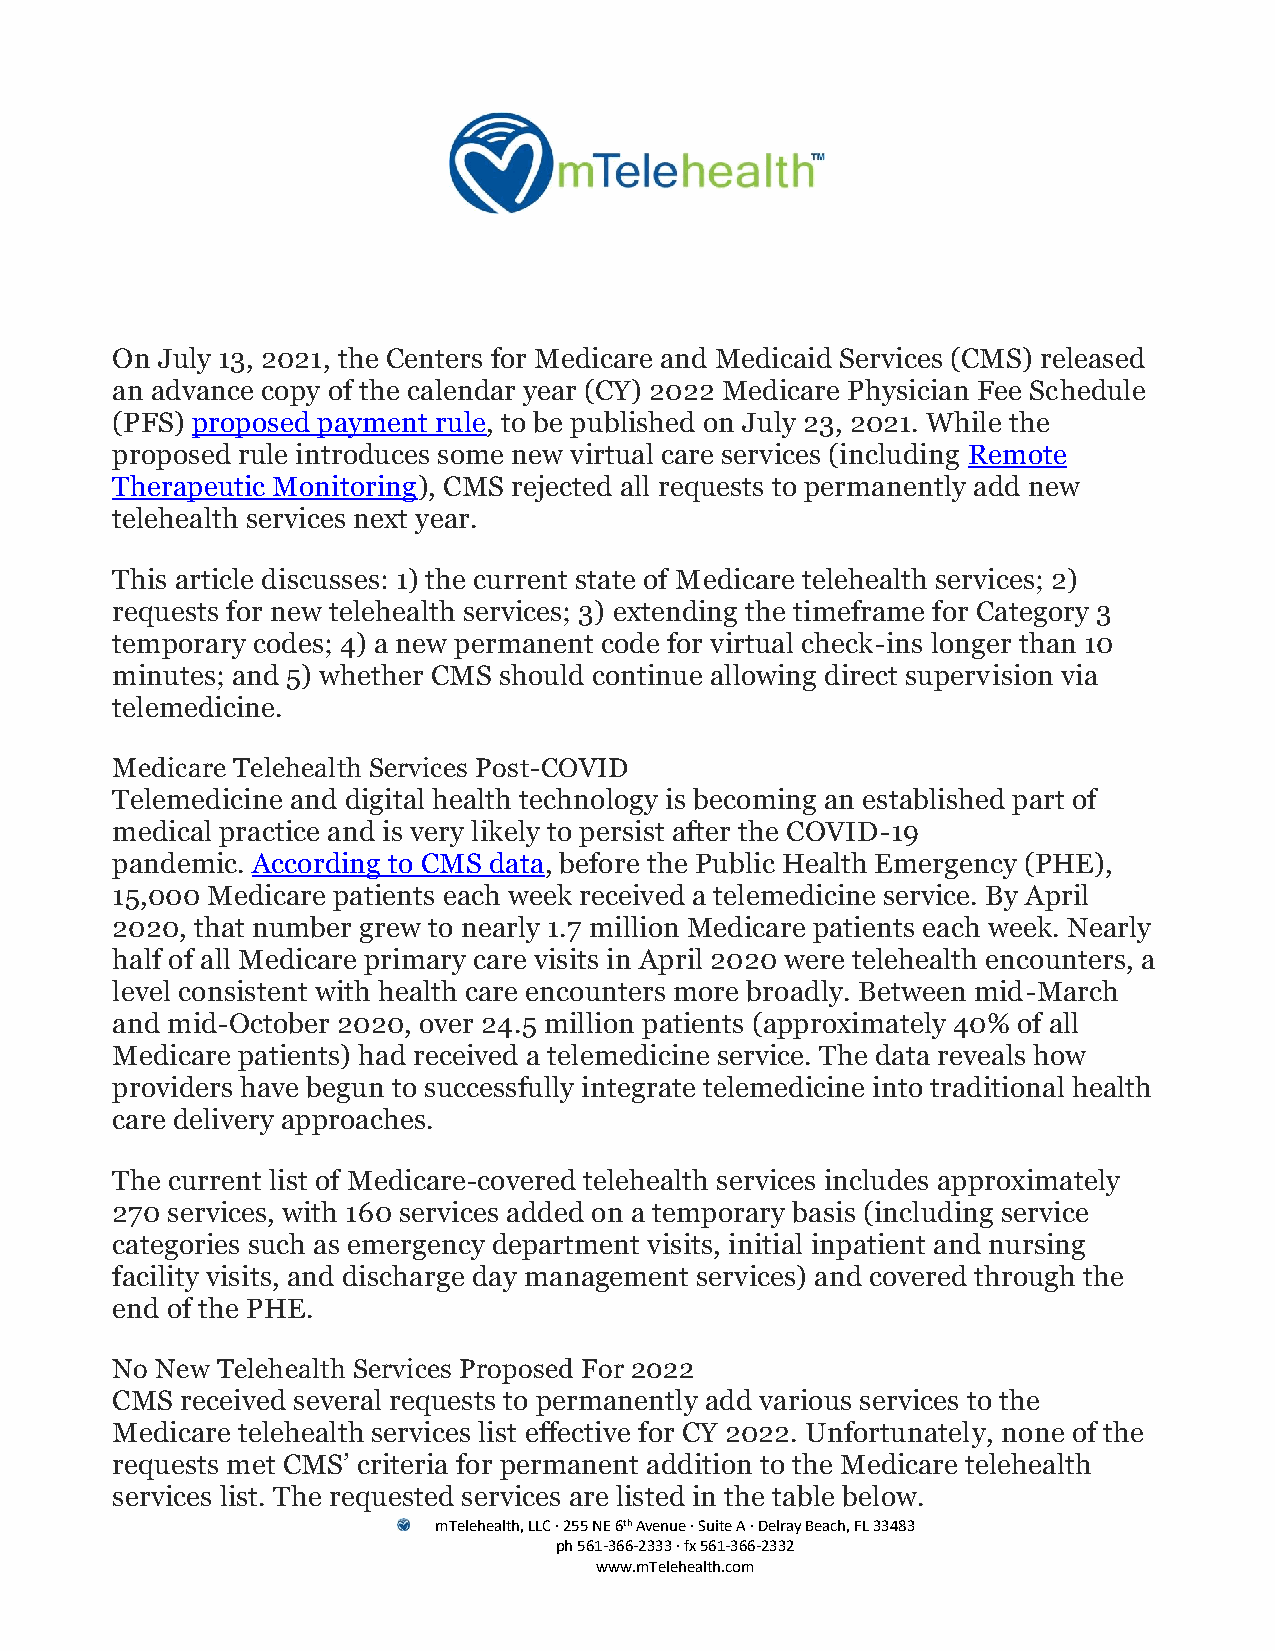
On July 13, 2021, the Centers for Medicare and Medicaid Services (CMS) released
 an advance copy of the calendar year (CY) 2022 Medicare Physician Fee Schedule
 (PFS) proposed payment rule, to be published on July 23, 2021. While the
 proposed rule introduces some new virtual care services (including Remote
 Therapeutic Monitoring), CMS rejected all requests to permanently add new
 telehealth services next year.
 This article discusses: 1) the current state of Medicare telehealth services; 2)
 requests for new telehealth services; 3) extending the timeframe for Category 3
 temporary codes; 4) a new permanent code for virtual check-ins longer than 10
 minutes; and 5) whether CMS should continue allowing direct supervision via
 telemedicine.
 Medicare Telehealth Services Post-COVID
 Telemedicine and digital health technology is becoming an established part of
 medical practice and is very likely to persist after the COVID-19
 pandemic. According to CMS data, before the Public Health Emergency (PHE),
 15,000 Medicare patients each week received a telemedicine service. By April
 2020, that number grew to nearly 1.7 million Medicare patients each week. Nearly
 half of all Medicare primary care visits in April 2020 were telehealth encounters, a
 level consistent with health care encounters more broadly. Between mid-March
 and mid-October 2020, over 24.5 million patients (approximately 40% of all
 Medicare patients) had received a telemedicine service. The data reveals how
 providers have begun to successfully integrate telemedicine into traditional health
 care delivery approaches.
 The current list of Medicare-covered telehealth services includes approximately
 270 services, with 160 services added on a temporary basis (including service
 categories such as emergency department visits, initial inpatient and nursing
 facility visits, and discharge day management services) and covered through the
 end of the PHE.
 No New Telehealth Services Proposed For 2022
 CMS  received several requests to permanently add various services to the
 Medicare telehealth services list effective for CY 2022. Unfortunately, none of the
 requests met CMS’ criteria for permanent addition to the Medicare telehealth
 services list. The requested services are listed in the table below.
 mTelehealth, LLC · 255 NE 6th Avenue · Suite A · Delray Beach, FL 33483
 ph 561-366-2333 · fx 561-366-2332
 www.mTelehealth.com